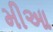
મીઆ